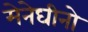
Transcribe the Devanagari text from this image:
मेनेघीनो